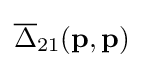
{\overline {\Delta }}_{21}(\mathbf {p} ,\mathbf {p} )